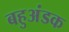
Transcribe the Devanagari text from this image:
बहुअंडक